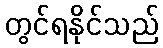
တွင်ရနိုင်သည်